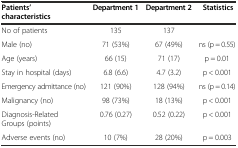
| Patients’ characteristics | Department 1 | Department 2 | Statistics |
 | --- | --- | --- | --- |
 | No of patients | 135 | 137 |  |
 | Male (no) | 71 (53%) | 67 (49%) | ns (p = 0.55) |
 | Age (years) | 66 (15) | 71 (17) | p = 0.01 |
 | Stay in hospital (days) | 6.8 (6.6) | 4.7 (3.2) | p < 0.001 |
 | Emergency admittance (no) | 121 (90%) | 128 (94%) | ns (p = 0.14) |
 | Malignancy (no) | 98 (73%) | 18 (13%) | p < 0.001 |
 | Diagnosis-Related Groups (points) | 0.76 (0.27) | 0.52 (0.22) | p < 0.001 |
 | Adverse events (no) | 10 (7%) | 28 (20%) | p = 0.003 |